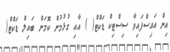
އިން އައިސްފައިވާ ސިސްޓިކް ޑަކްޓް( ) އާއި ގުޅުމުން ކޮމަން ބައިލް ޑަކްޓް(